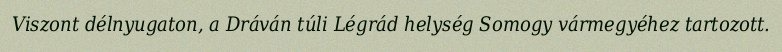
Viszont délnyugaton, a Dráván túli Légrád helység Somogy vármegyéhez tartozott.